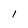
Character: I